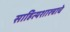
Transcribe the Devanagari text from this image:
साहित्यशास्त्राचे